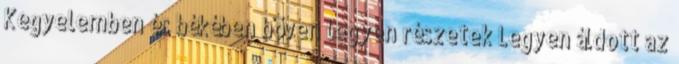
Kegyelemben és békében bőven legyen részetek Legyen áldott az